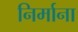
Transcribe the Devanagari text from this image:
निर्माना